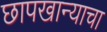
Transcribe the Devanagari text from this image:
छापखान्याचा